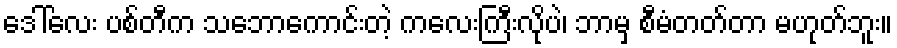
ဒေါ်လေး ပစ်တီက သဘောကောင်းတဲ့ ကလေးကြီးလိုပဲ၊ ဘာမှ စီမံတတ်တာ မဟုတ်ဘူး။